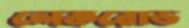
লেকরোড